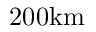
2 0 0 \mathrm { k m }